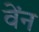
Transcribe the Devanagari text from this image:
वेंन